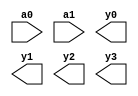
module ENCODERS(
    input a0,
    input a1,
    output y0,
    output y1,
    output y2,
    output y3
    );
	 reg u1,u2,u3;
	 not n1(y2bar,y2);
	 and a1(u1,y2bar,y);
	 or o1(a1,y3,y2);
	 or o2(a0,y3,u1);
	 


endmodule